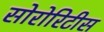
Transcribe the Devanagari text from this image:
सोरोरिटीस